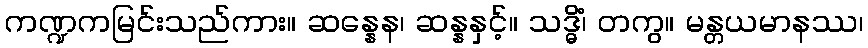
ကဏ္ဍကမြင်းသည်ကား။ ဆန္နေန၊ ဆန္နနှင့်။ သဒ္ဓိံ၊ တကွ။ မန္တယမာနဿ၊